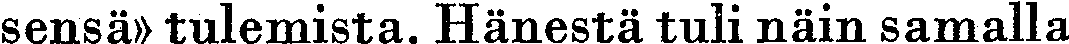
sensä» tulemista. Hänestä tuli näin samalla